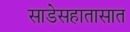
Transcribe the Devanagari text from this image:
साडेसहातासात